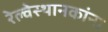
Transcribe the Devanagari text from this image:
रेल्वेस्थानकांना